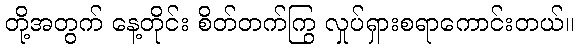
တို့အတွက် နေ့တိုင်း စိတ်တက်ကြွ လှုပ်ရှားစရာကောင်းတယ်။